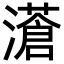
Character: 濸